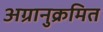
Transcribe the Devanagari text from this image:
अग्रानुक्रमित